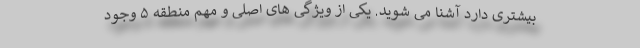
بیشتری دارد آشنا می شوید. یکی از ویژگی های اصلی و مهم منطقه ۵ وجود